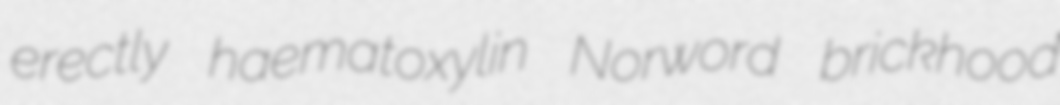
erectly haematoxylin Norword brickhood